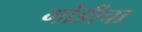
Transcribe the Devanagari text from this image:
गोंडीचा